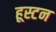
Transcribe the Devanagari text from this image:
हूस्टन